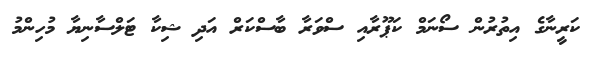
ކަރީނާގެ އިތުުރުން ސޯނަމް ކަޕޫރާއި ސްވަރާ ބާސްކަރް އަދި ޝިކާ ޓަލްސާނިޔާ މުހިންމު